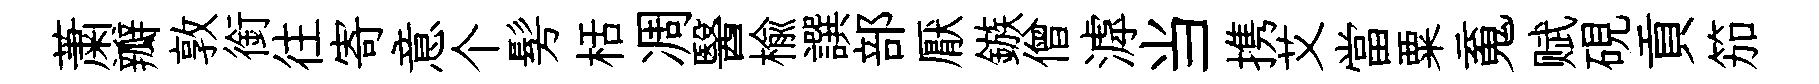
䔥瓣敦銜往寄意个髣栝凋醫榆譔部厭鏃僧滹当携艾當粟䰟赋硯貢笳